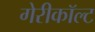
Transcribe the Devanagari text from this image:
गेरीकॉल्ट